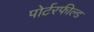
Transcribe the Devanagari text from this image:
पोर्टरफील्ड